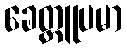
ခေတ္တူပမာ